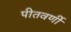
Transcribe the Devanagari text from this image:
पीतवर्णी